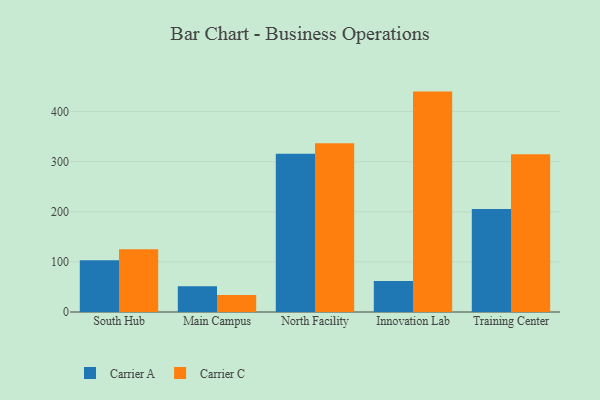
{"axis": {"x": "Campus", "y": "Humidity (%)"}, "legend": ["Carrier A", "Carrier C"], "data": [{"x": "South Hub", "y": 103.5, "type": "Carrier A"}, {"x": "South Hub", "y": 125.1, "type": "Carrier C"}, {"x": "Main Campus", "y": 51.5, "type": "Carrier A"}, {"x": "Main Campus", "y": 34.0, "type": "Carrier C"}, {"x": "North Facility", "y": 315.8, "type": "Carrier A"}, {"x": "North Facility", "y": 336.5, "type": "Carrier C"}, {"x": "Innovation Lab", "y": 61.8, "type": "Carrier A"}, {"x": "Innovation Lab", "y": 439.8, "type": "Carrier C"}, {"x": "Training Center", "y": 205.6, "type": "Carrier A"}, {"x": "Training Center", "y": 314.7, "type": "Carrier C"}]}